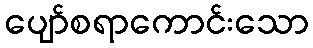
ပျော်စရာကောင်းသော